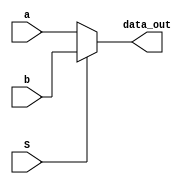
// Code your design here
module MUX(a,b,S,data_out);
  input [63:0] a, b;
  input S;
  output [63:0] data_out;
  
  assign data_out = S ? b : a;
  
endmodule